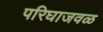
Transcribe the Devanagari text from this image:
परिघाजवळ